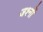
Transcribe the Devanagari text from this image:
जश्नों